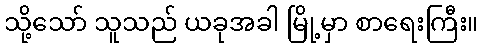
သို့သော် သူသည် ယခုအခါ မြို့မှာ စာရေးကြီး။